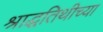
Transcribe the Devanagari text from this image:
श्राद्धतिथीच्या